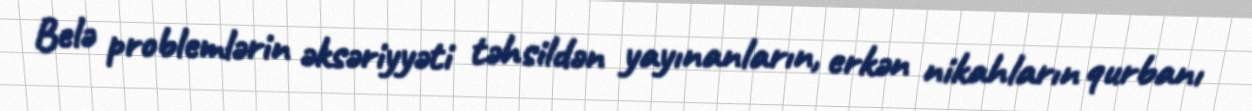
Belə problemlərin əksəriyyəti təhsildən yayınanların, erkən nikahların qurbanı